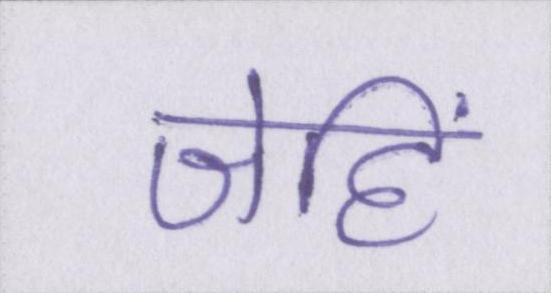
जेहिं